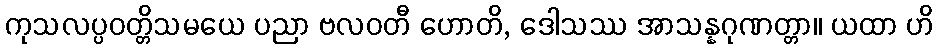
ကုသလပ္ပဝတ္တိသမယေ ပညာ ဗလဝတီ ဟောတိ, ဒေါသဿ အာသန္နဂုဏတ္တာ။ ယထာ ဟိ